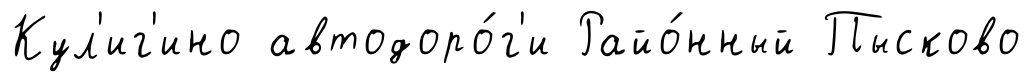
Кул'иг'ино автодоро́г'и Райо́нный Пысково